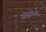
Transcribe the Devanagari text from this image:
अक्षरलेणी